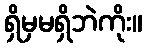
ရှိမှမရှိဘဲကိုး။